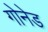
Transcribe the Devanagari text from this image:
गोनेड